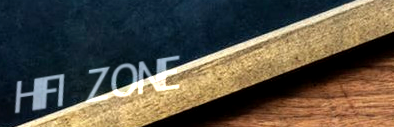
HIFI ZONE